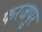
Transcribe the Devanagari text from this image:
फरजपुर